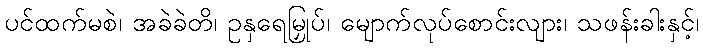
ပင်ထက်မစဲ၊ အခဲခဲတိ၊ ဥနှရေမြှုပ်၊ မျောက်လုပ်စောင်းလျား၊ သဖန်းခါးနှင့်၊